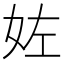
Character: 𡛿